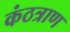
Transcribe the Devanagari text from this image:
कंठत्राण